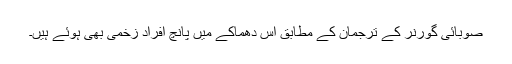
صوبائی گورنر کے ترجمان کے مطابق اس دھماکے میں پانچ افراد زخمی بھی ہوئے ہیں۔